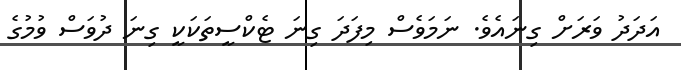
އަދަދު ވަރަށް ގިނައެވެ. ނަމަވެސް މިފަދަ ގިނަ ޓެކްސީތަކަކީ ގިނަ ދުވަސް ވުމުގެ